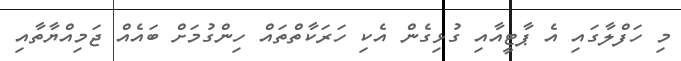
މި ހަފްލާގައި އެ ޕާޓީއާއި ގުޅިގެން އެކި ހަރަކާތްތައް ހިންގުމަށް ބައެއް ޖަމިއްޔާތާއި